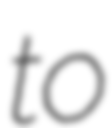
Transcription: to